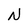
Character: N